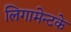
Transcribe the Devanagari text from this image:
लिगामेन्टके